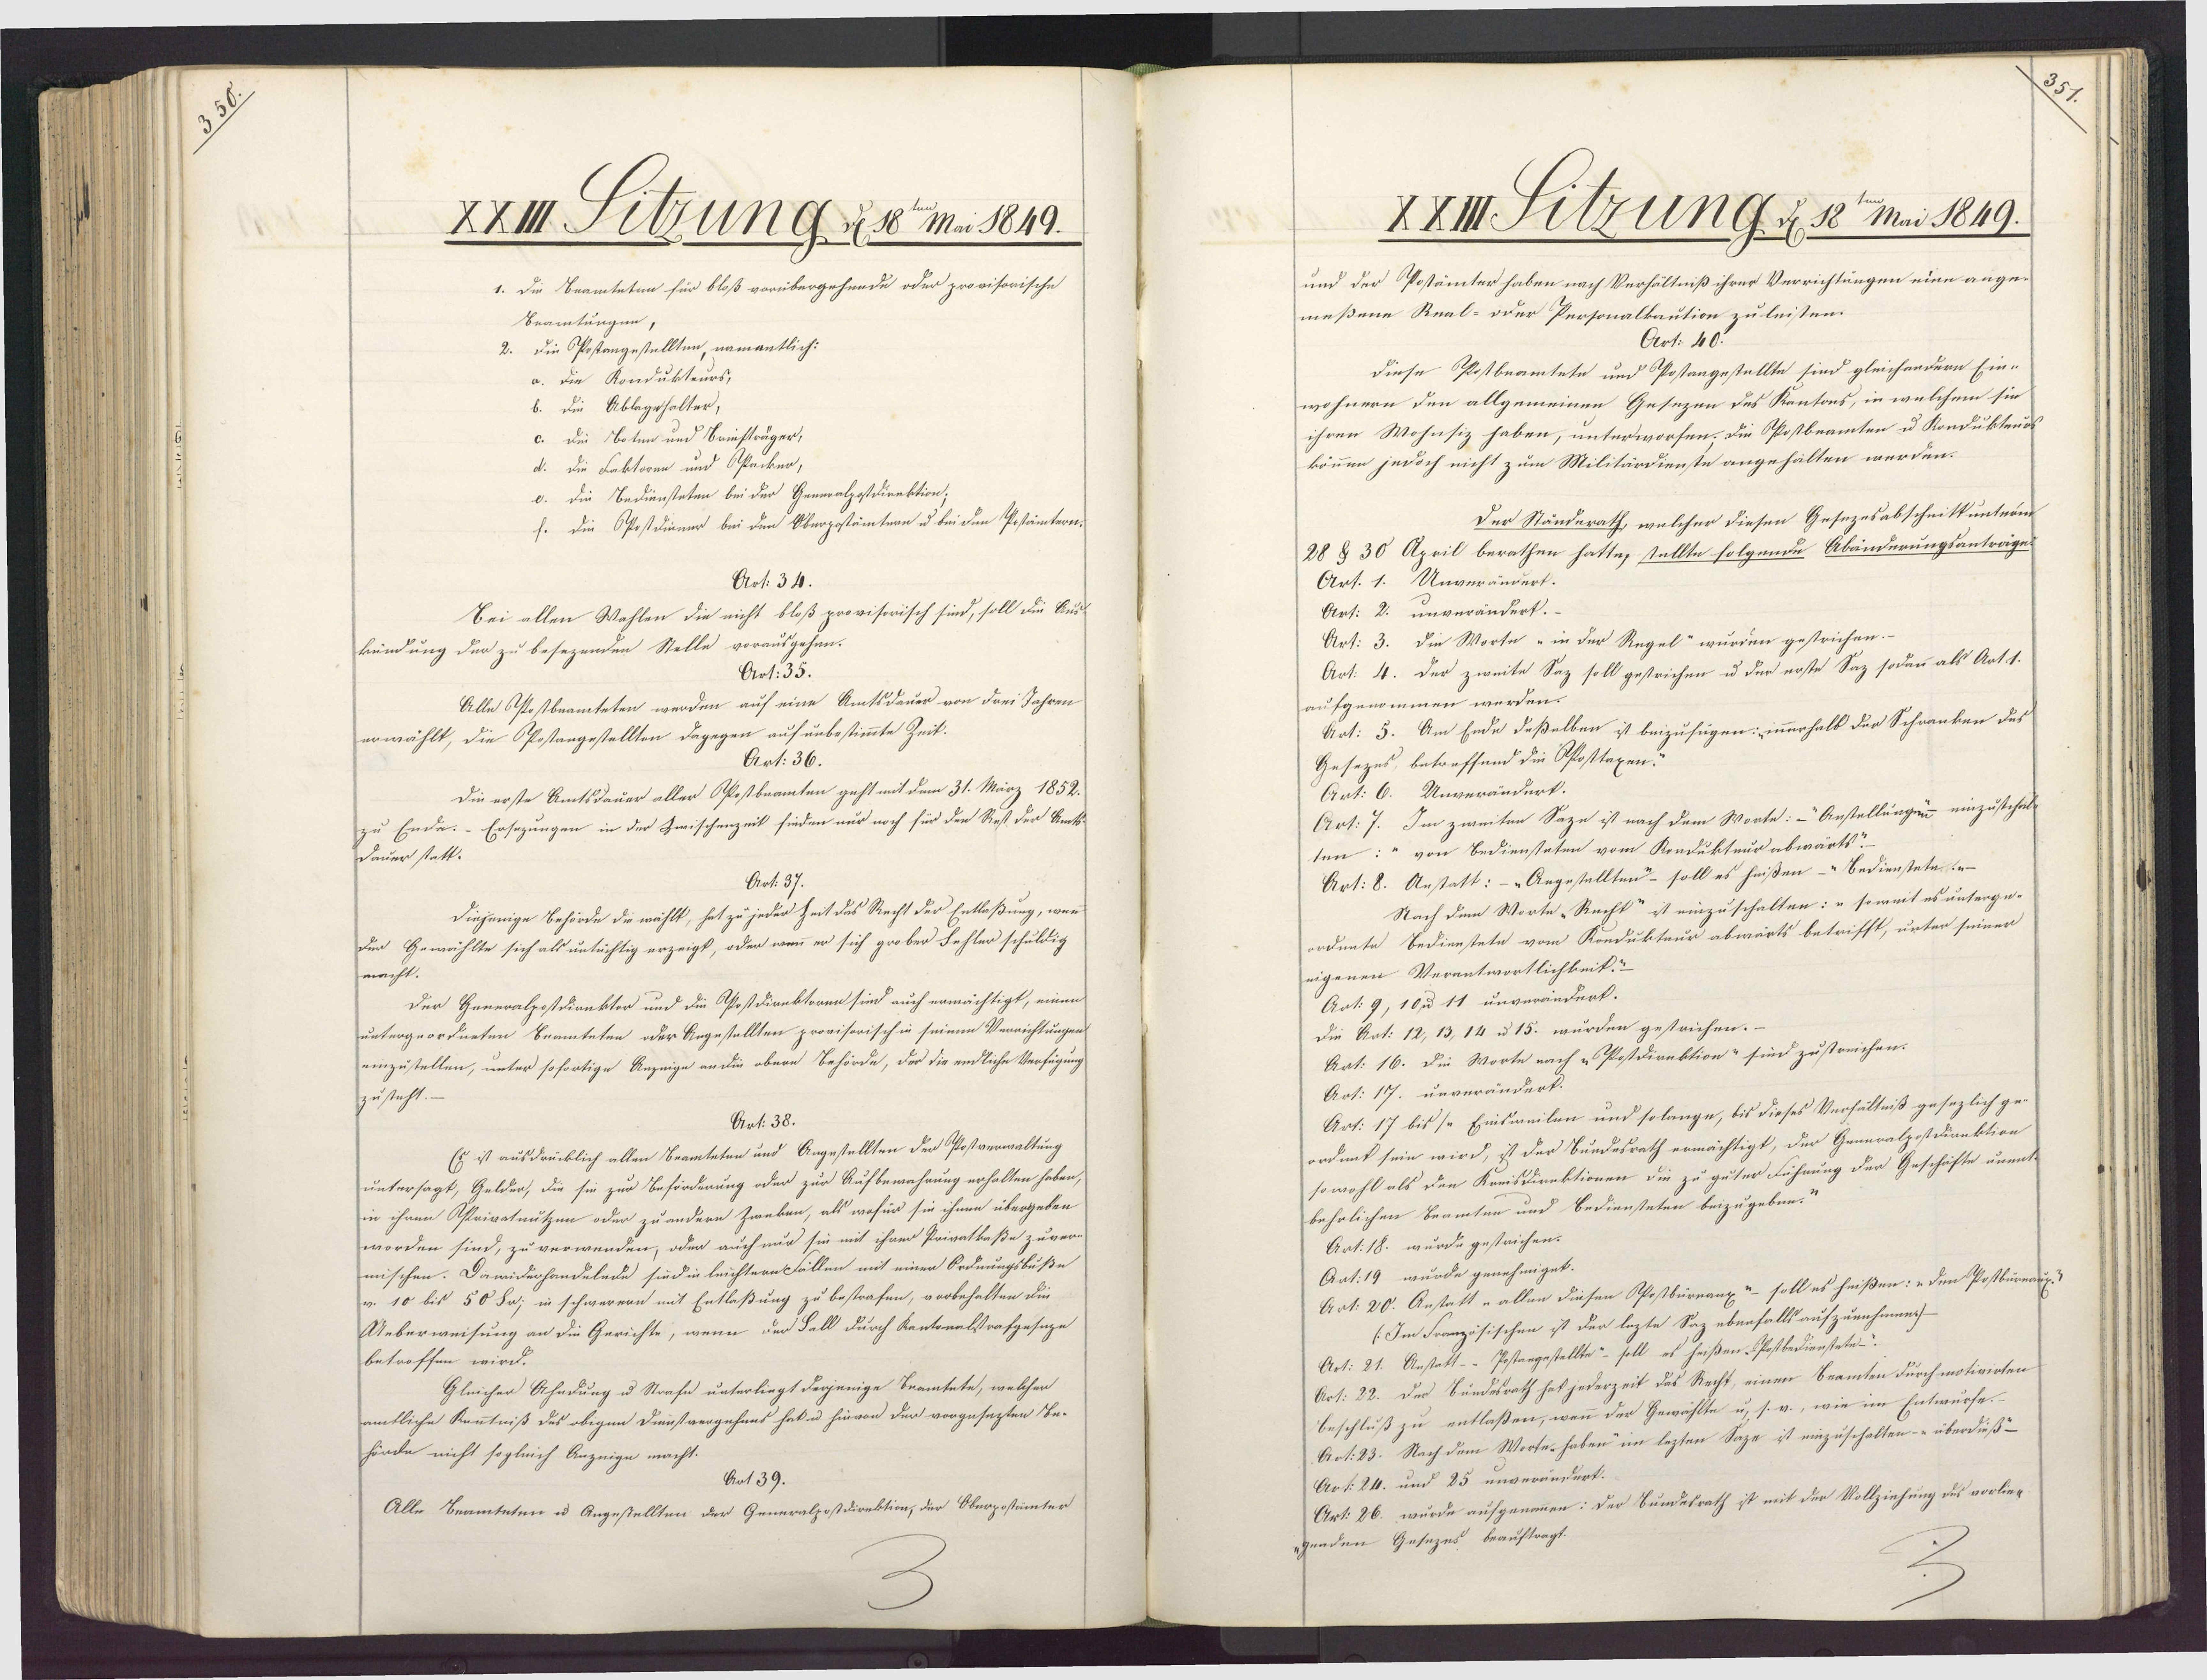
XXIII Sitzung d 18 Mai 1849.]
1. Die Beamteten für bloß vorübergehende oder provisorische
Beamtungen,
2. Die PPostangestellten, namantlich:
u. die Kondukteurs,
b. Die Ablagehalter,
c. die Boten und Briefträger,
d. Die Faktoren und Osecker,
e. Die Bediensteten bei der Generalposdirektion;
f. die PPostdinner bei den Oberzostämtern u bei den Pestämtern.
Art. 34.
Bei allen Wahlen die nicht bloß provisorisch sind, soll die Ausl
kundung der zu besezenden Stelle vorausgehen.
Art. 35.
Alle Osostbeamteten werden auf eine Amtsdauer von drei Jahren
erwählt, die Postangestellten dagegen auf unbestimmte Zeit.
Art. 36.
Die erste Amtsdauer aller PPostbeamten geht mit dem 31. März 1852.
zu Ende.-Ersezungen in der Zwischenzeit finden nur noch für den Rest der Amts-
Dauer statt.
Art. 37.
Diejenige Behörde die wählt, hat zu jeder Zeit das Recht der Entlaßung, wenn
Der Gewählte sich als untüchtig erzeigt, oder wenn er sich grober Fehler schuldig
macht.
Der Generalpostdianktor und die Postdirektoren sind auch ermächtigt, einen
untergeordneten Seamteten oder Regestellten provisorisch in seinen Verrichtungen
einzustellen, unter sofortige Anzeige an die obere Behörde, der die endliche Verfügung
zusteht.
Art. 38.
Es ist ausdrücklich allen Beamteten und Angestellten der Postverwaltung
untersagt, Gelder, die sie zur Beförderung oder zur Aufbewehrung erhalten haben,
in ihren Aprivatnutzen oder zu andere Zweken, als wofür sie ihnen übergeben
worden sind, zu verwenden, oder auch nur sie mit ihrer Privatkaße zuver
mischen. Dawiderhandelnde sind in leichtern Fällen mit einer Ordnungsbuße
v. 10 bis 50 Su; in schwerern mit Entlaßung zu bestrafen, vorbehalten die
Ueberweisung an die Gerichte, wenn der Fall durch Kantonalstrafgeseze
betroffen wird.
Gleicher Ahndung u Strafe unterliegt derjenige Beamtete, welchen
amtliche Kenntniß des obigen Dienstvergehens hat u hinvon der vorgesezten Be¬
hörde nicht sogleich Anzeige macht.
Art 39.
Alle Beamteten u Angestellten der Generalpostdirektion, der Oberpostämter

XXIII Sizung d. 18te Mai 1849.
und der Possämter haben nach Verhältniß ihrer Verrichtungen eine ange¬
meßene Real-oder Personalkaution zu leisten.
Art: 40.
diese Postbeamtete und Postangestellte sind gleichendern Ein¬
wohnern den allgemeinen Gesezen des Kantons, in welchem sie
ihren Wohnsiz haben, unterworfen. Die Opostbeamten u Kondukteuo
können jedoch nicht zum Militärdienste angehalten werden.
Der Ständerath, welcher diesen Gesezesabschnitt unteru
28 §30 April berathen hatte, stellte folgende Abänderungsanträge
Art. 1. Unverändert.
Art: 2. unverändert.
Art: 3. Die Worte "in der Regel“ wurden gestrichen.
Art. 4. Der zweite Saz soll gestrichen u der erste Saz sodann als Artt.
aufgenommen werden.
Art: 5. Am Ende deßelben ist beizufügen: innerhalb der Schranken des
Gesezes betreffend die Sposttaxen:
Art: 6. Unverändert.
Art. 7. Im zweiten Saze ist nach dem Worte: - Arstellungen einzusehel
ten: " von Bediensteten vom Kondukteur abwärts
Art: 8. Anstatt: - "Angestellten- soll es heißen-"Bedienstete in-
Nach dem Worte -Recht" v einzuschalten: „soweit es unterge-
ordnnte Bedienstete vom Kondukteur abwärts betrifft, unter seiner
eigenen Verantwortlichkeit.“
Art. 9, 10 u 11 unverändert.
Die Art: 12, 13, 14 u 15. wurden gestrichen.
Art. 16. Die Worte nach Postdirektion- sind zustreichen.
Art: 17. unverändert.
Art: 17 bis se Einsweilen und solange, bis dieses Verhältniß gesezlich ge¬
ordnnt sein wird, ist der Bundesrath ermächtigt, der Generalpostdirektion
so wohl als den Koeisdirektionen die zu guter Führung der Geschäfte unent-
behrlichen Beamten und Bediensteten beizugeben:
Art. 18. wurde gestrichen.
Ant. 19 wurde genehmiget.
Art: 20. Anstatt -allen diesen Pfostbürnanz"- soll es heißen: „den Postburnaug?
(Im Französischen ist der lezte Saz ebenfalls aufzunehmen)
Art: 21. Anstatt-- Postangestellte"- soll es heißen-Postbedienstete-
Art. 22. Der Bundesrath hat jederzeit das Recht, einen Beamten durchmotivirten
Beschluß zu entlaßen, wenn der Gewählte u, s. v., wie im Entwurse.–
Art. 23. Nach dem Worte-haben im lezten Saze ist einzuschalten-" überdieß¬
Art. 241. und 25 unverändert.
Art. 26. wurde aufgenommen: der Bundesrath ist mit der Vollziehung des vorlier
ehenden Gesezes, beauftragt.